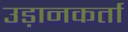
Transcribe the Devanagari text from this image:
उड़ानकर्ता